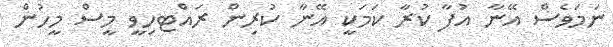
ނަމަވެސް އޭނާ އުފާ ކުރާ ކަމަކީ އޭނާ ކުރިން ރައްޓހިވީ މީސް މީހުން